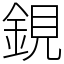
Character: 鋧